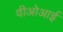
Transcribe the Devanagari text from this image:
वीओआई